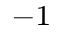
^ { - 1 }